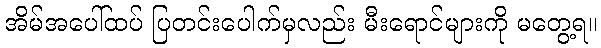
အိမ်အပေါ်ထပ် ပြတင်းပေါက်မှလည်း မီးရောင်များကို မတွေ့ရ။